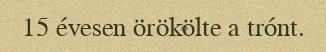
15 évesen örökölte a trónt.